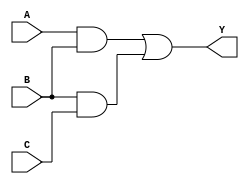
module lec6ex1 (
A,		// one input
B,		// another input
C,		// yet another input
Y		// an output
);
//  Input ports
input	A;
input 	B;
input 	C;
// Output ports
output Y;

wire A;
wire B;
wire C;
wire AB;
wire BC;
wire Y;

and (AB,A,B);
and (BC,B,C);
or  (Y,AB,BC);

endmodule

module lec6ex1_tb;  // Note, no interface to testbenches
 reg wA,wB,wC;      // signals to be commanded must be "reg"
 wire wY;			// output from unit-under-test is "wire"


initial begin
	wA=0;			// test 000
	wB=0;
	wC=0;

	#5 	wC=1;		// test 001
	#5 	wB=1;		// test 011
	#5 	wC=0;		// test 010
	#5 	wA=1;		// test 110
	#5 	wC=1;		// test 111
	#5 	wB=0;		// test 101
	#5 	wC=0;		// test 100
	#5 $finish;
end

// Connect UUT to test bench signals
lec6ex1 uut(
.A	(wA),
.B	(wB),
.C	(wC),
.Y	(wY)
);
endmodule